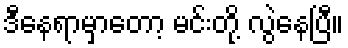
ဒီနေရာမှာတော့ မင်းတို့ လွဲနေပြီ။